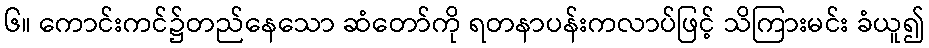
၆။ ကောင်းကင်၌တည်နေသော ဆံတော်ကို ရတနာပန်းကလာပ်ဖြင့် သိကြားမင်း ခံယူ၍